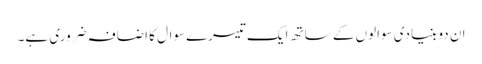
ان دو بنیادی سوالوں کے ساتھ ایک تیسرےسوال کا اضافہ ضروری ہے۔